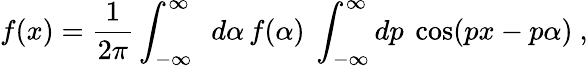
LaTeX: f(x)={\frac{1}{2\pi}}\int_{-\infty}^{\infty}\ \ d\alpha\, f(\alpha)\ \int_{-\infty}^{\infty}dp\ \cos(px-p\alpha)\ ,